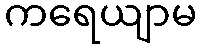
ကရေယျာမ